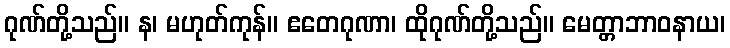
ဂုဏ်တို့သည်။ န၊ မဟုတ်ကုန်။ ဧတေဂုဏာ၊ ထိုဂုဏ်တို့သည်။ မေတ္တာဘာဝနာယ၊